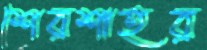
শেরশাহর